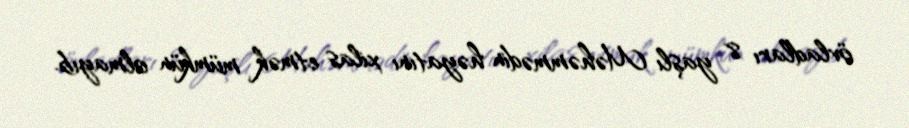
övladları 8 yaşlı Məhəmmədin həyatını xilas etmək mümkün olmayıb.